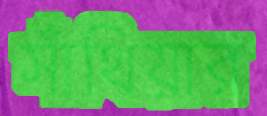
সাঁথিয়ার